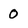
Character: 0